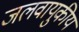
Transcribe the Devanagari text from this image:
जलवायुकीय